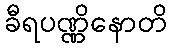
ခီရပဏ္ဏိနောတိ